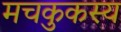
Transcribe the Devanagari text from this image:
मचकुकस्य